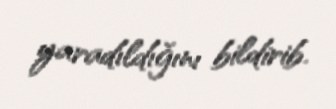
yaradıldığını bildirib.